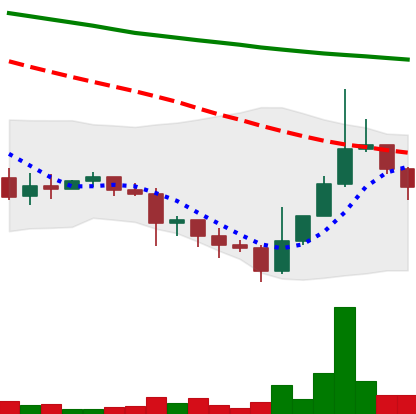
Ticker: DOGE-USD
Chart end date: 2022-01-17
Forward return: -22.351%
Label: down_7plus